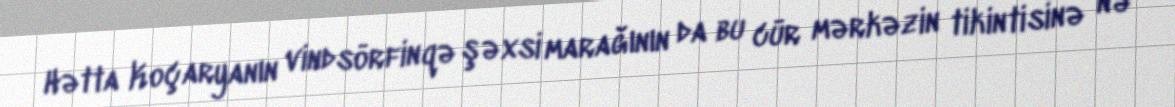
Hətta Koçaryanın vindsörfinqə şəxsi marağının da bu cür mərkəzin tikintisinə nə